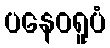
ပနေဝရူပံ